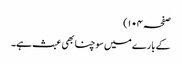
صفحہ ۱۰۴)
کے بارے میں سوچنا بھی عبث ہے۔